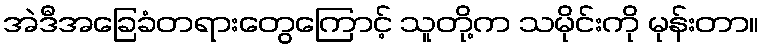
အဲဒီအခြေခံတရားတွေကြောင့် သူတို့က သမိုင်းကို မုန်းတာ။